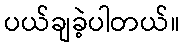
ပယ်ချခဲ့ပါတယ်။